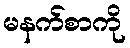
မနက်စာကို